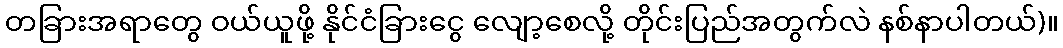
တခြားအရာတွေ ဝယ်ယူဖို့ နိုင်ငံခြားငွေ လျော့စေလို့ တိုင်းပြည်အတွက်လဲ နစ်နာပါတယ်)။